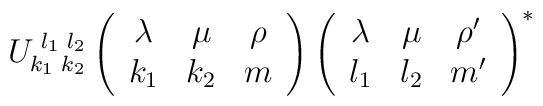
U_{k_1\,\,k_2}^{\,\,l_1\,\,l_2}\left(\begin{array}{ccc} \lambda & \mu & \rho \\k_1 & k_2 & m \end{array} \right)\left( \begin{array}{ccc} \lambda & \mu & \rho' \\l_1 & l_2 & m' \end{array}\right)^{\ast}